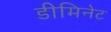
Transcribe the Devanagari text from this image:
डीमिनेट